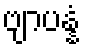
ဗျာပန္နံ